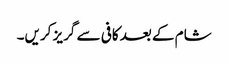
شام کے بعد کافی سے گریز کریں۔